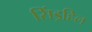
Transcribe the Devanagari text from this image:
सिंड्रहिल